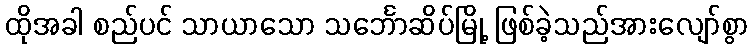
ထိုအခါ စည်ပင် သာယာသော သင်္ဘောဆိပ်မြို့ ဖြစ်ခဲ့သည်အားလျော်စွာ